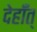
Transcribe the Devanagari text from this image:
देहाँत्